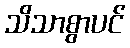
သိသာစွာပင်